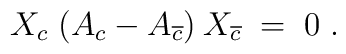
X_c\; (A_c - A_{\overline{c}}) \: X_{\overline{c}} \;=\; 0\;.